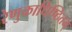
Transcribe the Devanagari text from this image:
रेणुकाधिष्ठितम्‌